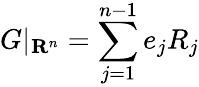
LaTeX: G|_{\mathbf{R}^{n}}=\sum_{j=1}^{n-1}e_{j}R_{j}